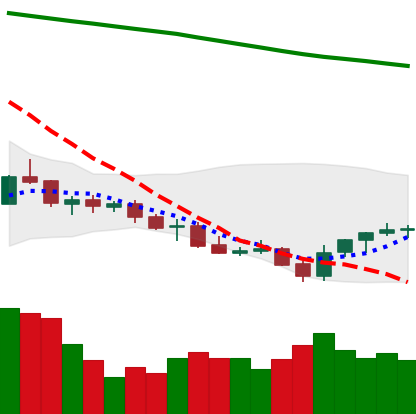
Ticker: LINK-USD
Chart end date: 2021-07-25
Forward return: 33.153%
Label: up_7plus